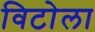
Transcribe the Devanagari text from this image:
विटोला